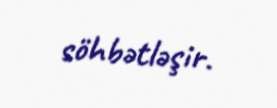
söhbətləşir.